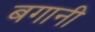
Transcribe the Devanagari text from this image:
बगानी